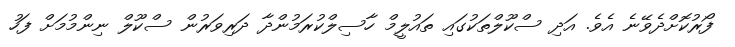
ފޯރުކޮށްދެވޭނެ އެވެ. އަދި ސްކޫލްތަކުގައި ތައުލީމް ހާސިލްކުރަމުންދާ ދަރިވަރުން ސްކޫލް ނިންމުމަށް ފަހު